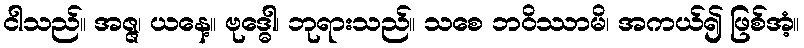
ငါသည်။ အဇ္ဇ၊ ယနေ့။ ဗုဒ္ဓေါ၊ ဘုရားသည်။ သစေ ဘဝိဿာမိ၊ အကယ်၍ ဖြစ်အံ့။